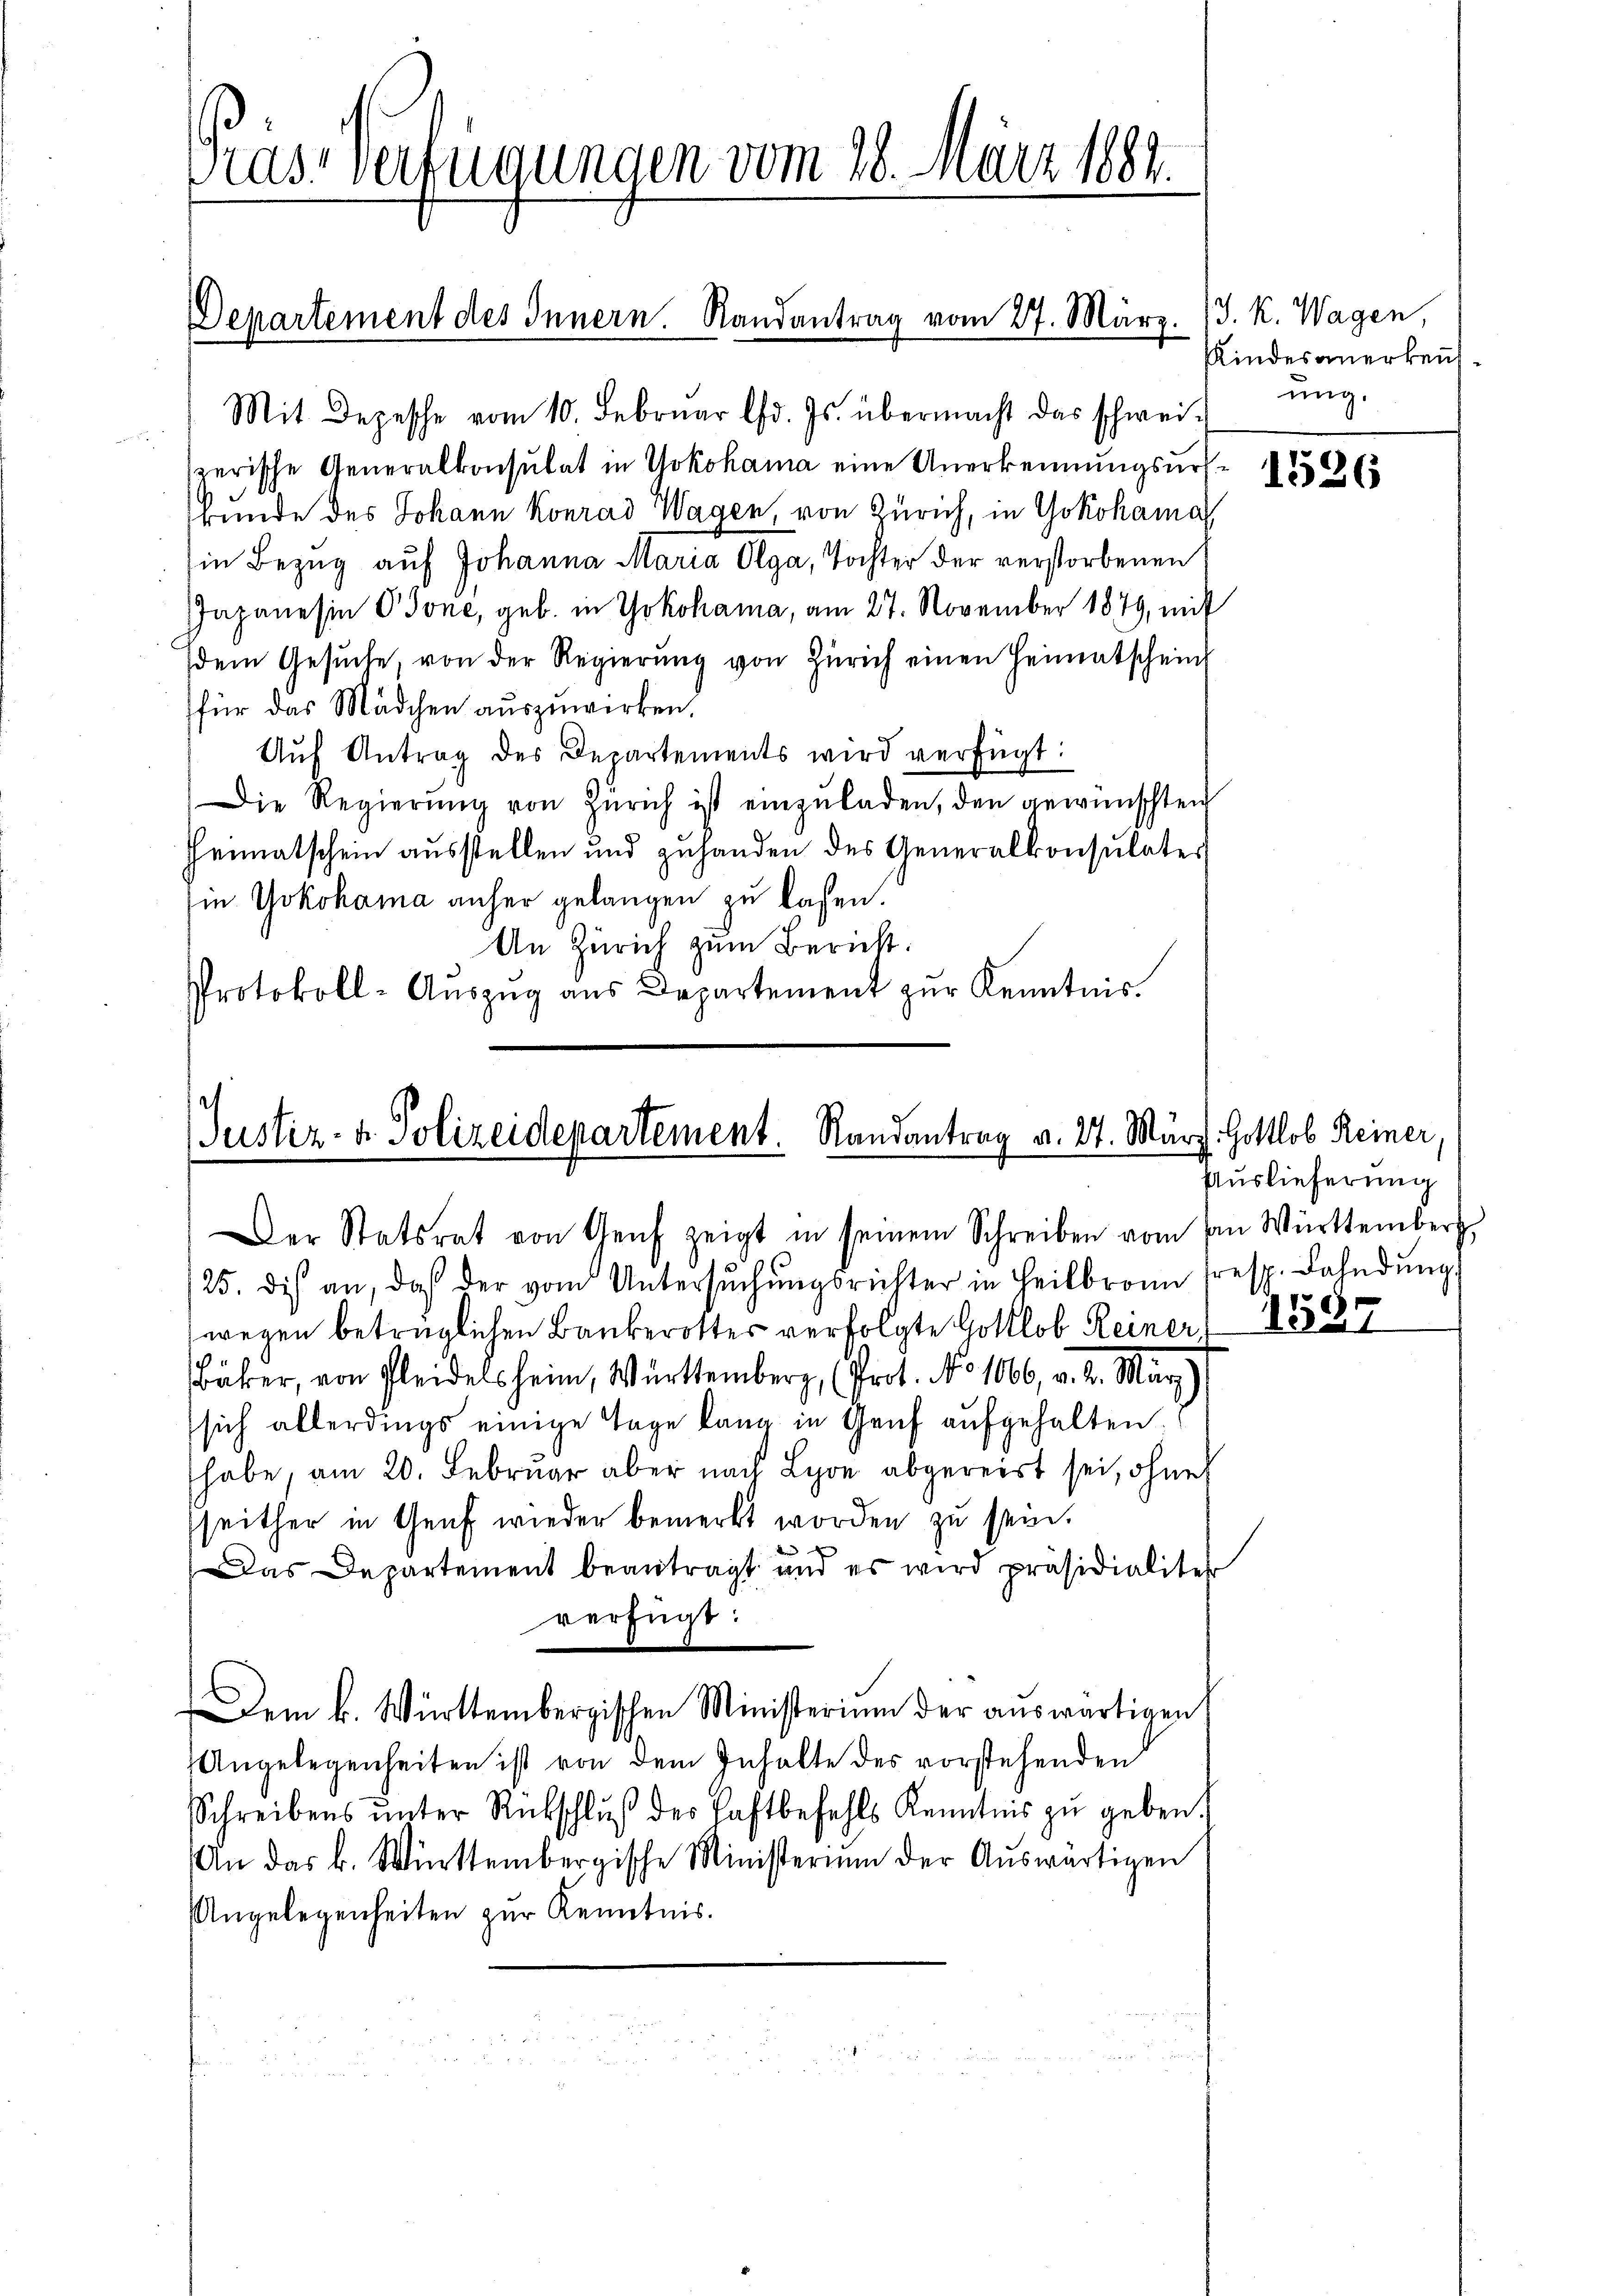
Prast verfügungen vom 28. März 1884.

Departement des Innern. Randantrag vom 27. März. J. K. Wagen,

Mit Depesche vom 10. Februar d. Js. übermacht das schwei-
n
zerische Generalkonsulat in Yokohama eine Anerkennungsurskunde des Johann Konrad Wagen, von Zürich, in Yokohama
in Bezug auf Johanna Maria Olga, Tochter der verstorbenen
Japanesin Jone, geb. in Yokohama, am 27. November 1879, mit
dem Gesuche, von der Regierung von Zürich einen Heimatschein
für das Mädchen auszuwirken.
Aŭf Antrag des Departements wird verfügt:
Die Regierŭng von Zürich ist einzŭladen, den gewünschten
Heimatschein ausstellen und zuhanden des Generalkonsulates
in Yokohama anher gelangen zu lassen.
An Zürich zum Bericht:
Protokoll-Aŭszŭg ans Departement zŭr Kenntnis.

Justiz- & Polizeidepartement. Randantrag v. 27. März Gottlob Reiner,
Der Statsrat von Genf zeigt in seinem Schreiben vom von Württemberg

25. dis an, daß der vom Untersŭchŭngsrichter in Heilbronn resp. Fahndŭng
wegen beträglichen Bankerotter verfolgte Gottlob Reiner 18827
Bäker, von Pleidelsheim, Württemberg, (Prot. No 1066, v. 2. März)
sich allerdings einige Tage lang in Genf aufgehalten.
habe, am 20. Februar aber nach Lyon abgereist sei, ohne
seither in Genf wieder bemerkt worden zu sein.
Das Departement beantragt und es wird präsidialiter
verfügt:
Dem k. Württembergischen Ministerium der auswärtigen
Angelegenheiten ist von dem Inhalte des vorstehenden
Schreibens ŭnter Rückschlŭβ der Haftbefehls Kenntnis zŭ geben.
An das k. Württembergische Ministerium der Aŭswärtigen
Angelegenheiten zur Kenntnis.

Kindes anerkensung.

1526

Auslieferung